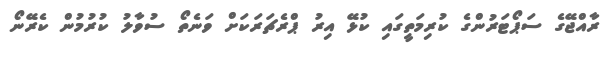
ރާއްޖޭގެ ސަޕޯޓަރުންގެ ކުރިމަތީގައި ކުޅޭ އިރު ޕްރެޗަރަކަށް ވަނެތޯ ސުވާލު ކުރުމުން ކެރޭނޯ